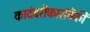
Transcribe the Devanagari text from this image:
कादंबरीकारांपैकी